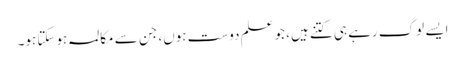
ایسے لوگ رہے ہی کتنے ہیں، جو علم دوست ہوں، جن سے مکالمہ ہوسکتا ہو۔